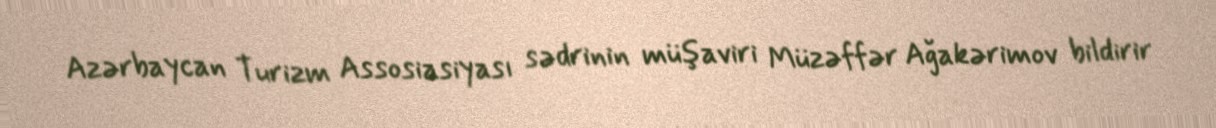
Azərbaycan Turizm Assosiasiyası sədrinin müşaviri Müzəffər Ağakərimov bildirir